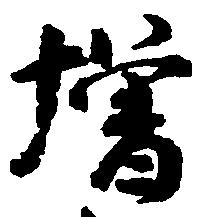
増